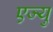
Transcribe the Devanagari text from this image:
एज्यु